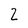
Character: 2